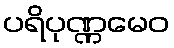
ပရိပုဏ္ဏမေဝ